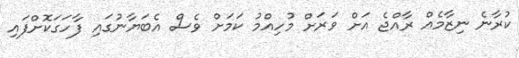
ކުރާނެ ނިޒާމެއް ރާއްޖެ އަށް ވަރަށް މުހިއްމު ކަމަށް ވެސް އެބަޔާނުގައި ފާހަގަކޮށްފައި